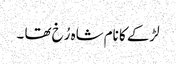
لڑکے کا نام شاہ رُخ تھا ۔